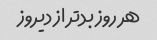
هر روز بدتر از دیروز